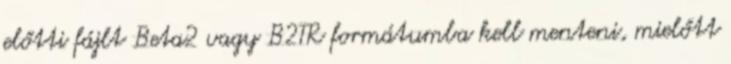
előtti fájlt Beta2 vagy B2TR formátumba kell menteni, mielőtt